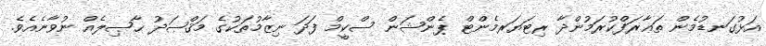
އަޅުގަނޑުމެން ތަޢާރަފްކުރަމުންދާ ރިޓަޔަރމެންޓް ޕެންޝަން ސްކީމް ފަދަ ނިޒާމުތަކުގެ މަޤްޞަދު ޙާޞިލެއް ނުވާނެއެވެ.